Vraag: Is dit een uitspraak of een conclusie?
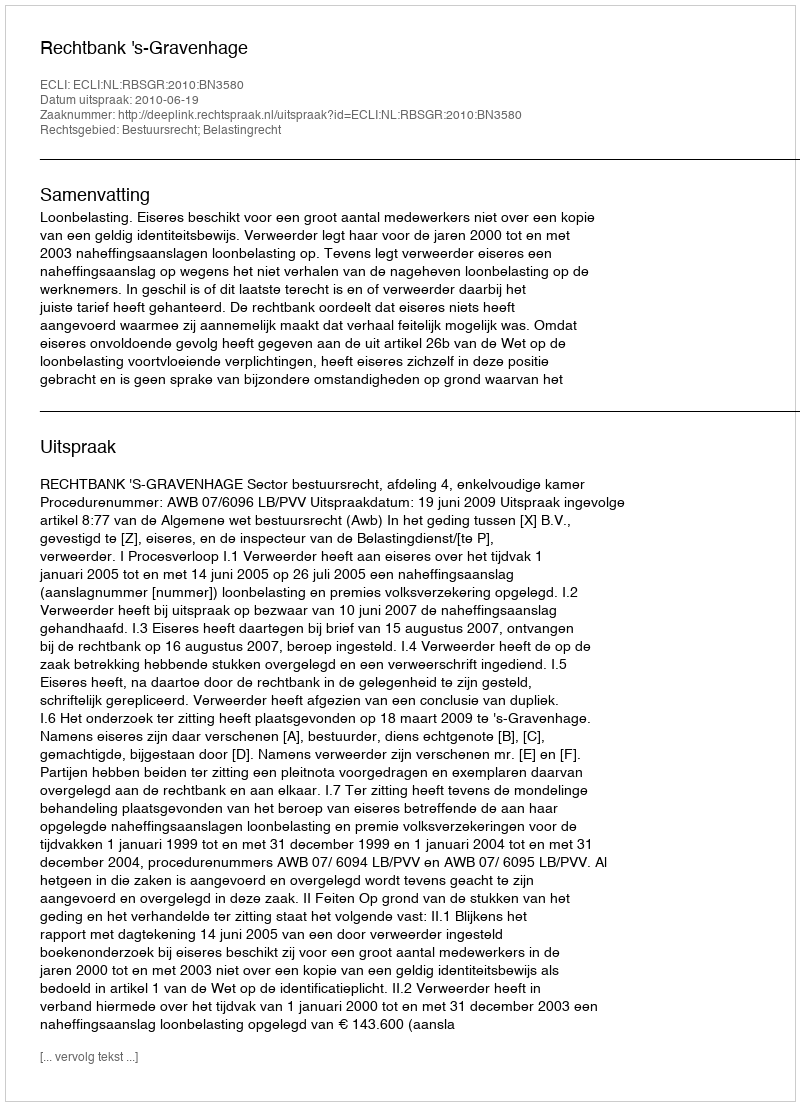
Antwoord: Uitspraak